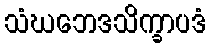
သံဃဘေဒသိက္ခာပဒံ